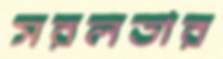
সরলতার